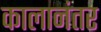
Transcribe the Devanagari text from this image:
कालानंतर